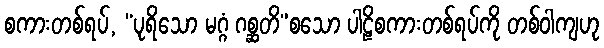
စကားတစ်ရပ်, “ပုရိသော မဂ္ဂံ ဂစ္ဆတိ”စသော ပါဠိစကားတစ်ရပ်ကို တစ်ဝါကျဟု